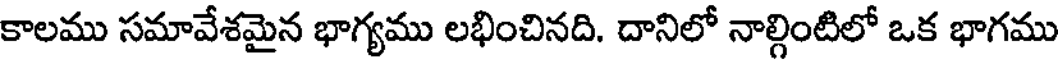
కాలము సమావేశమైన భాగ్యము లభించినది. దానిలో నాల్గింటిలో ఒక భాగము